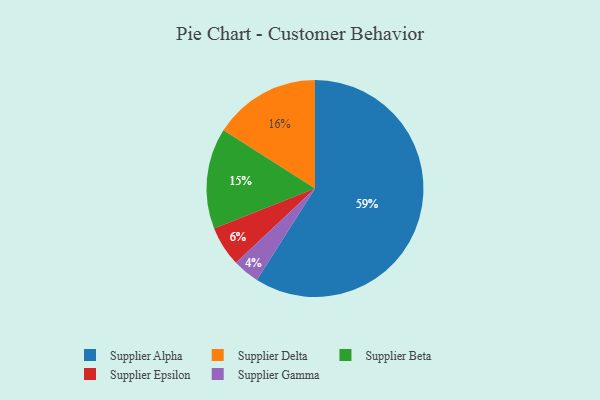
{"axis": {"x": "Category", "y": "Percentage"}, "legend": ["Supplier Alpha", "Supplier Beta", "Supplier Delta", "Supplier Epsilon", "Supplier Gamma"], "data": [{"x": "Supplier Alpha", "y": 59, "type": "Supplier Alpha"}, {"x": "Supplier Beta", "y": 15, "type": "Supplier Beta"}, {"x": "Supplier Epsilon", "y": 6, "type": "Supplier Epsilon"}, {"x": "Supplier Delta", "y": 16, "type": "Supplier Delta"}, {"x": "Supplier Gamma", "y": 4, "type": "Supplier Gamma"}]}